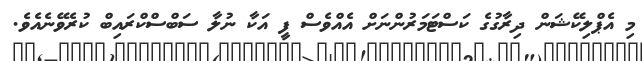
މި އެޕްލިކޭޝަން ދިރާގުގެ ކަސްޓަމަރުންނަށް އެއްވެސް ފީ އަކާ ނުލާ ސަބްސްކްރައިބް ކުރެވޭނެއެވެ.